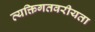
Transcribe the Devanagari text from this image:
व्यक्तिगतवरीयता